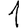
Digit: 1